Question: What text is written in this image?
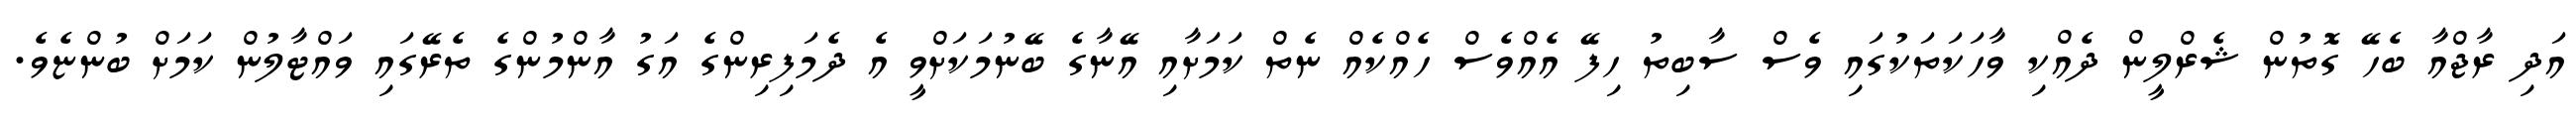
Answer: އަދި ރާޖްއާ ބެހޭ ގޮތުން ޝެރްލީން ދެއްކި ވާހަކަތަކުގައި ވެސް ސާބިތު ހިފޭ އެއްވެސް ހެއްކެއް ނެތް ކަމަށާއި އޭނާގެ ބޭނުމަކަށްވީ އެ ދެމަފިރިންގެ އަގު އާންމުންގެ ތެރޭގައި ވައްޓާލުން ކަމަށް ބުންޏެވެ.